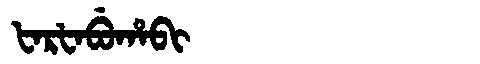
Manchu: ᡶᠠᡵᡶᠠᠪᡠᡥᠠᠪᡳ
Romanization: FARFABUHABI